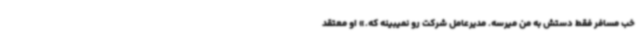
خب مسافر فقط دستش به من میرسه. مدیرعامل شرکت رو نمیبینه که.» او معتقد